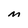
Character: M